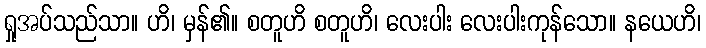
ရှုအပ်သည်သာ။ ဟိ၊ မှန်၏။ စတူဟိ စတူဟိ၊ လေးပါး လေးပါးကုန်သော။ နယေဟိ၊